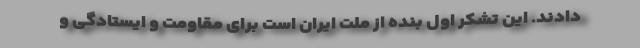
دادند. این تشکر اول بنده از ملت ایران است برای مقاومت و ایستادگی و